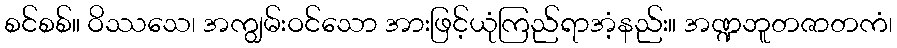
စင်စစ်။ ဝိဿသေ၊ အကျွမ်းဝင်သော အားဖြင့်ယုံကြည်ရာအံ့နည်း။ အဏ္ဍဘူတဇာတကံ၊